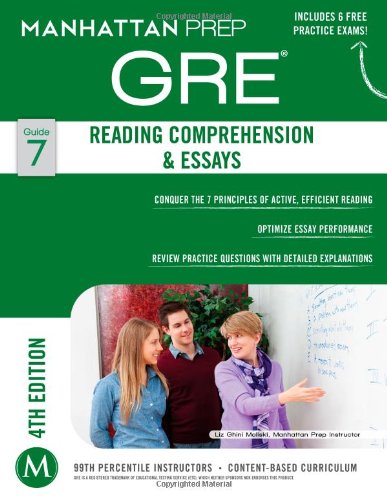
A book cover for GRE Reading Comprehension & Essays (Manhattan Prep GRE Strategy Guides); Manhattan Prep; Test Preparation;